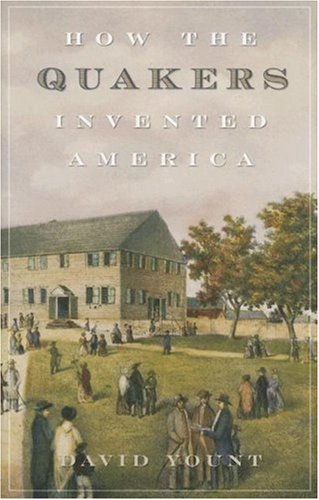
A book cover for How the Quakers Invented America; David Yount author  Making a Success of Marriage; Christian Books & Bibles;